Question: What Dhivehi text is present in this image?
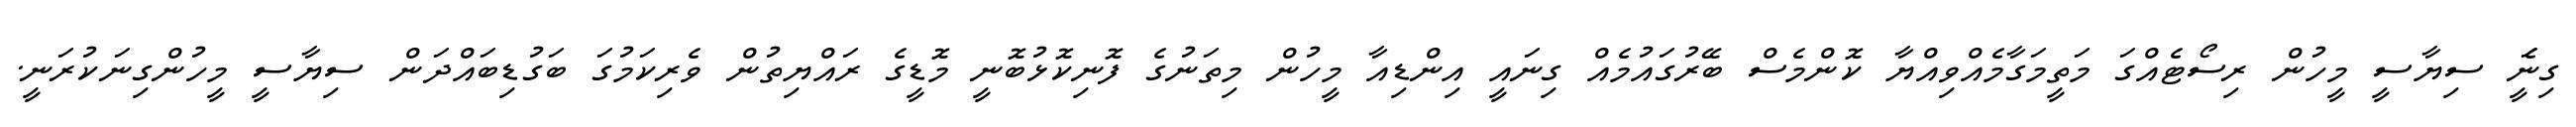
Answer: ގިނަެީ ސިޔާސީ މީހުން ރިސޯޓެއްގަ މަތީމަގާމެއްވިއްޔާ ކޮންމެސް ބޭރުގައުމެއް ގިނައީ އިންޑިއާ މީހުން މިތަނުގެ ފޮނިކޮޅުބޮނީ މޮޑީގެ ރައްޔިތުން ވެރިކަމުގަ ބަގުޑިބައްދަން ސިޔާސީ މީހުންގިނަކުރަނީ.